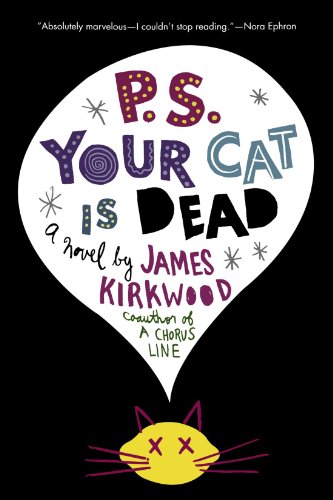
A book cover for P.S. Your Cat Is Dead; James Kirkwood; Humor & Entertainment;